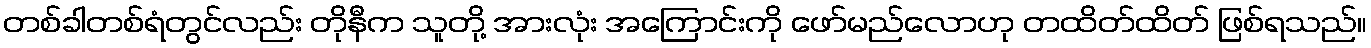
တစ်ခါတစ်ရံတွင်လည်း တိုနီက သူတို့ အားလုံး အကြောင်းကို ဖော်မည်လောဟု တထိတ်ထိတ် ဖြစ်ရသည်။